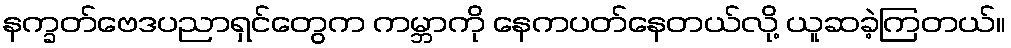
နက္ခတ်ဗေဒပညာရှင်တွေက ကမ္ဘာကို နေကပတ်နေတယ်လို့ ယူဆခဲ့ကြတယ်။